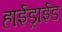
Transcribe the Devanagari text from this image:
हाईड्राईड